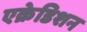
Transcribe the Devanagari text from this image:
एक्रेडिशन